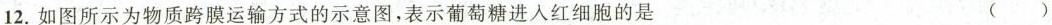
12.如图所示为物质跨膜运输方式的示意图，表示葡萄糖进入红细胞的是 ()